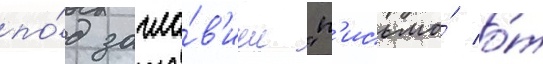
по́д загла́в'ием "п'исьмо́ о́т